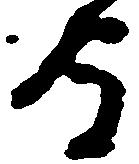
守